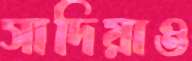
সাদিয়াও